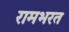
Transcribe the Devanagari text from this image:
रामभरत